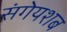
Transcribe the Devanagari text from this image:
संगेयशब